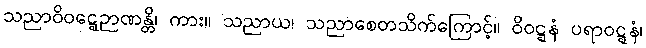
သညာဝိဝဋ္ဋေဉာဏန္တိ၊ ကား။ သညာယ၊ သညာစေတသိက်ကြောင့်။ ဝိဝဋ္ဋနံ ပရာဝဋ္ဋနံ၊